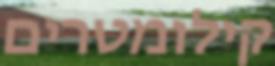
קילומטרים